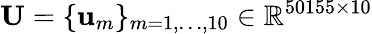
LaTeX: \mathbf{U}=\{ \mathbf{u}_{m}\} _{m=1,\ldots,10}\in\mathbb{R}^{50155\times 10}